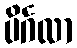
ပိင်္ဂလာ